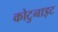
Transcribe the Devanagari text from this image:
कोटुनाइट